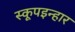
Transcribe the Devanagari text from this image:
स्कूपइन्हार